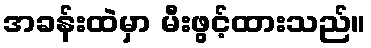
အခန်းထဲမှာ မီးဖွင့်ထားသည်။